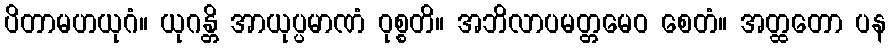
ပိတာမဟယုဂံ။ ယုဂန္တိ အာယုပ္ပမာဏံ ဝုစ္စတိ။ အဘိလာပမတ္တမေဝ စေတံ။ အတ္ထတော ပန